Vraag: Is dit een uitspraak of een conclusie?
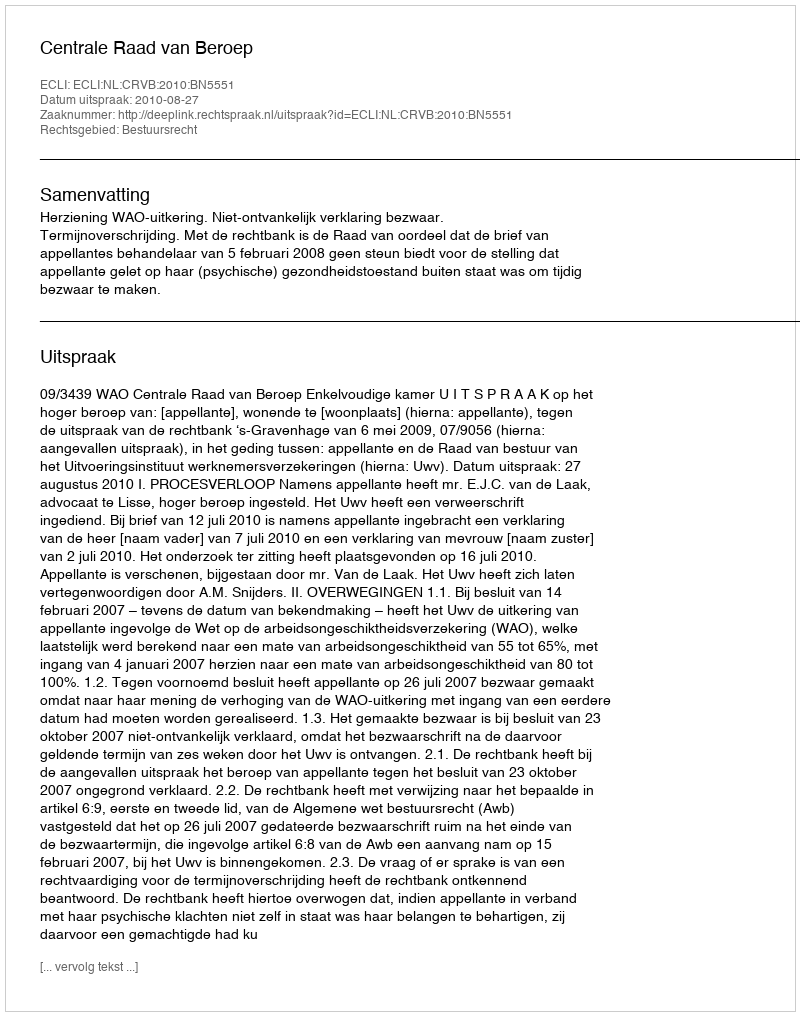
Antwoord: Uitspraak